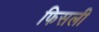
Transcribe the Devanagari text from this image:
फिसली